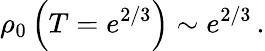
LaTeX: \rho_{0}\left(T=e^{2/3}\right)\sim e^{2/3}\, .